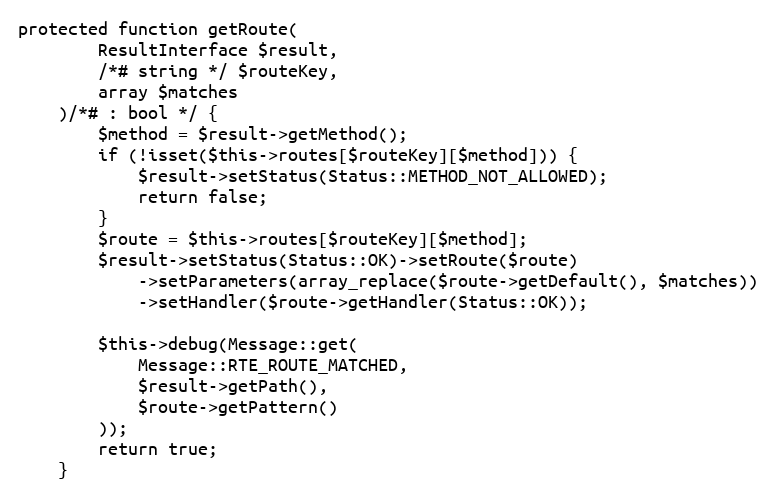
Language: PHP
protected function getRoute(
        ResultInterface $result,
        /*# string */ $routeKey,
        array $matches
    )/*# : bool */ {
        $method = $result->getMethod();
        if (!isset($this->routes[$routeKey][$method])) {
            $result->setStatus(Status::METHOD_NOT_ALLOWED);
            return false;
        }
        $route = $this->routes[$routeKey][$method];
        $result->setStatus(Status::OK)->setRoute($route)
            ->setParameters(array_replace($route->getDefault(), $matches))
            ->setHandler($route->getHandler(Status::OK));

        $this->debug(Message::get(
            Message::RTE_ROUTE_MATCHED,
            $result->getPath(),
            $route->getPattern()
        ));
        return true;
    }